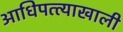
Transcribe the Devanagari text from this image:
आधिपत्त्याखाली